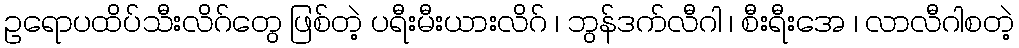
ဥရောပထိပ်သီးလိဂ်တွေ ဖြစ်တဲ့ ပရီးမီးယားလိဂ် ၊ ဘွန်ဒက်လီဂါ ၊ စီးရီးအေ ၊ လာလီဂါစတဲ့